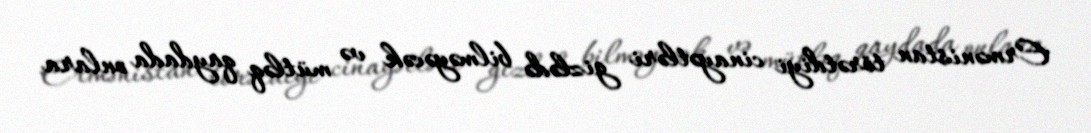
Ermənistan törətdiyi cinayətləri gizlədə bilməyəcək və mütləq qaydada onlara